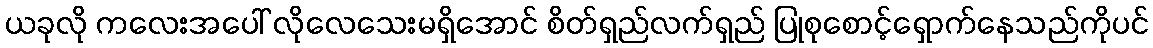
ယခုလို ကလေးအပေါ် လိုလေသေးမရှိအောင် စိတ်ရှည်လက်ရှည် ပြုစုစောင့်ရှောက်နေသည်ကိုပင်